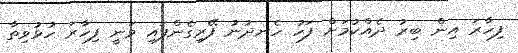
ފިހާރަ އިން ބިރު ދެއްކުމަށް ފަހު ހެނދުނު ފޭރިގެންފައި ވަނީ ފިހާރަ ހުޅުވިތާ